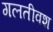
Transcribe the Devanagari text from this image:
गलतीवश